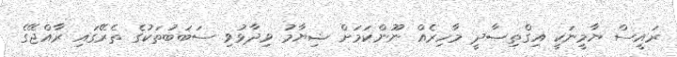
ރައީސް ޔާމީނަކީ އިގްތިޞާދީ މާހިރެއް ނޫންކަމަށް ޝިޔާމު ވިދާޅުވި ސަބަބުތަކުގެ ތެރޭގައި ރާއްޖޭގެ